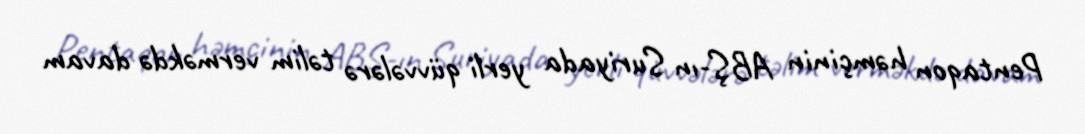
Pentaqon həmçinin ABŞ-ın Suriyada yerli qüvvələrə təlim verməkdə davam